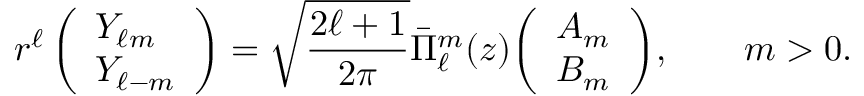
r ^ { \ell } \, { \left( \begin{array} { l } { Y _ { \ell m } } \\ { Y _ { \ell - m } } \end{array} \right) } = { \sqrt { \frac { 2 \ell + 1 } { 2 \pi } } } { \bar { \Pi } } _ { \ell } ^ { m } ( z ) { \left( \begin{array} { l } { A _ { m } } \\ { B _ { m } } \end{array} \right) } , \qquad m > 0 .